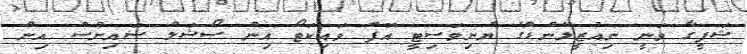
ޝަފީގާ ވަނީ ނިއުޒީލޭންޑްގެ ޔުނިވަސިޓީ އޮފް ވައިކަޓޯ އިން ސޯޝަލް ސައިންސް އިން